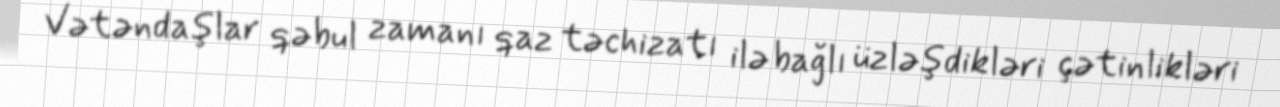
Vətəndaşlar qəbul zamanı qaz təchizatı ilə bağlı üzləşdikləri çətinlikləri